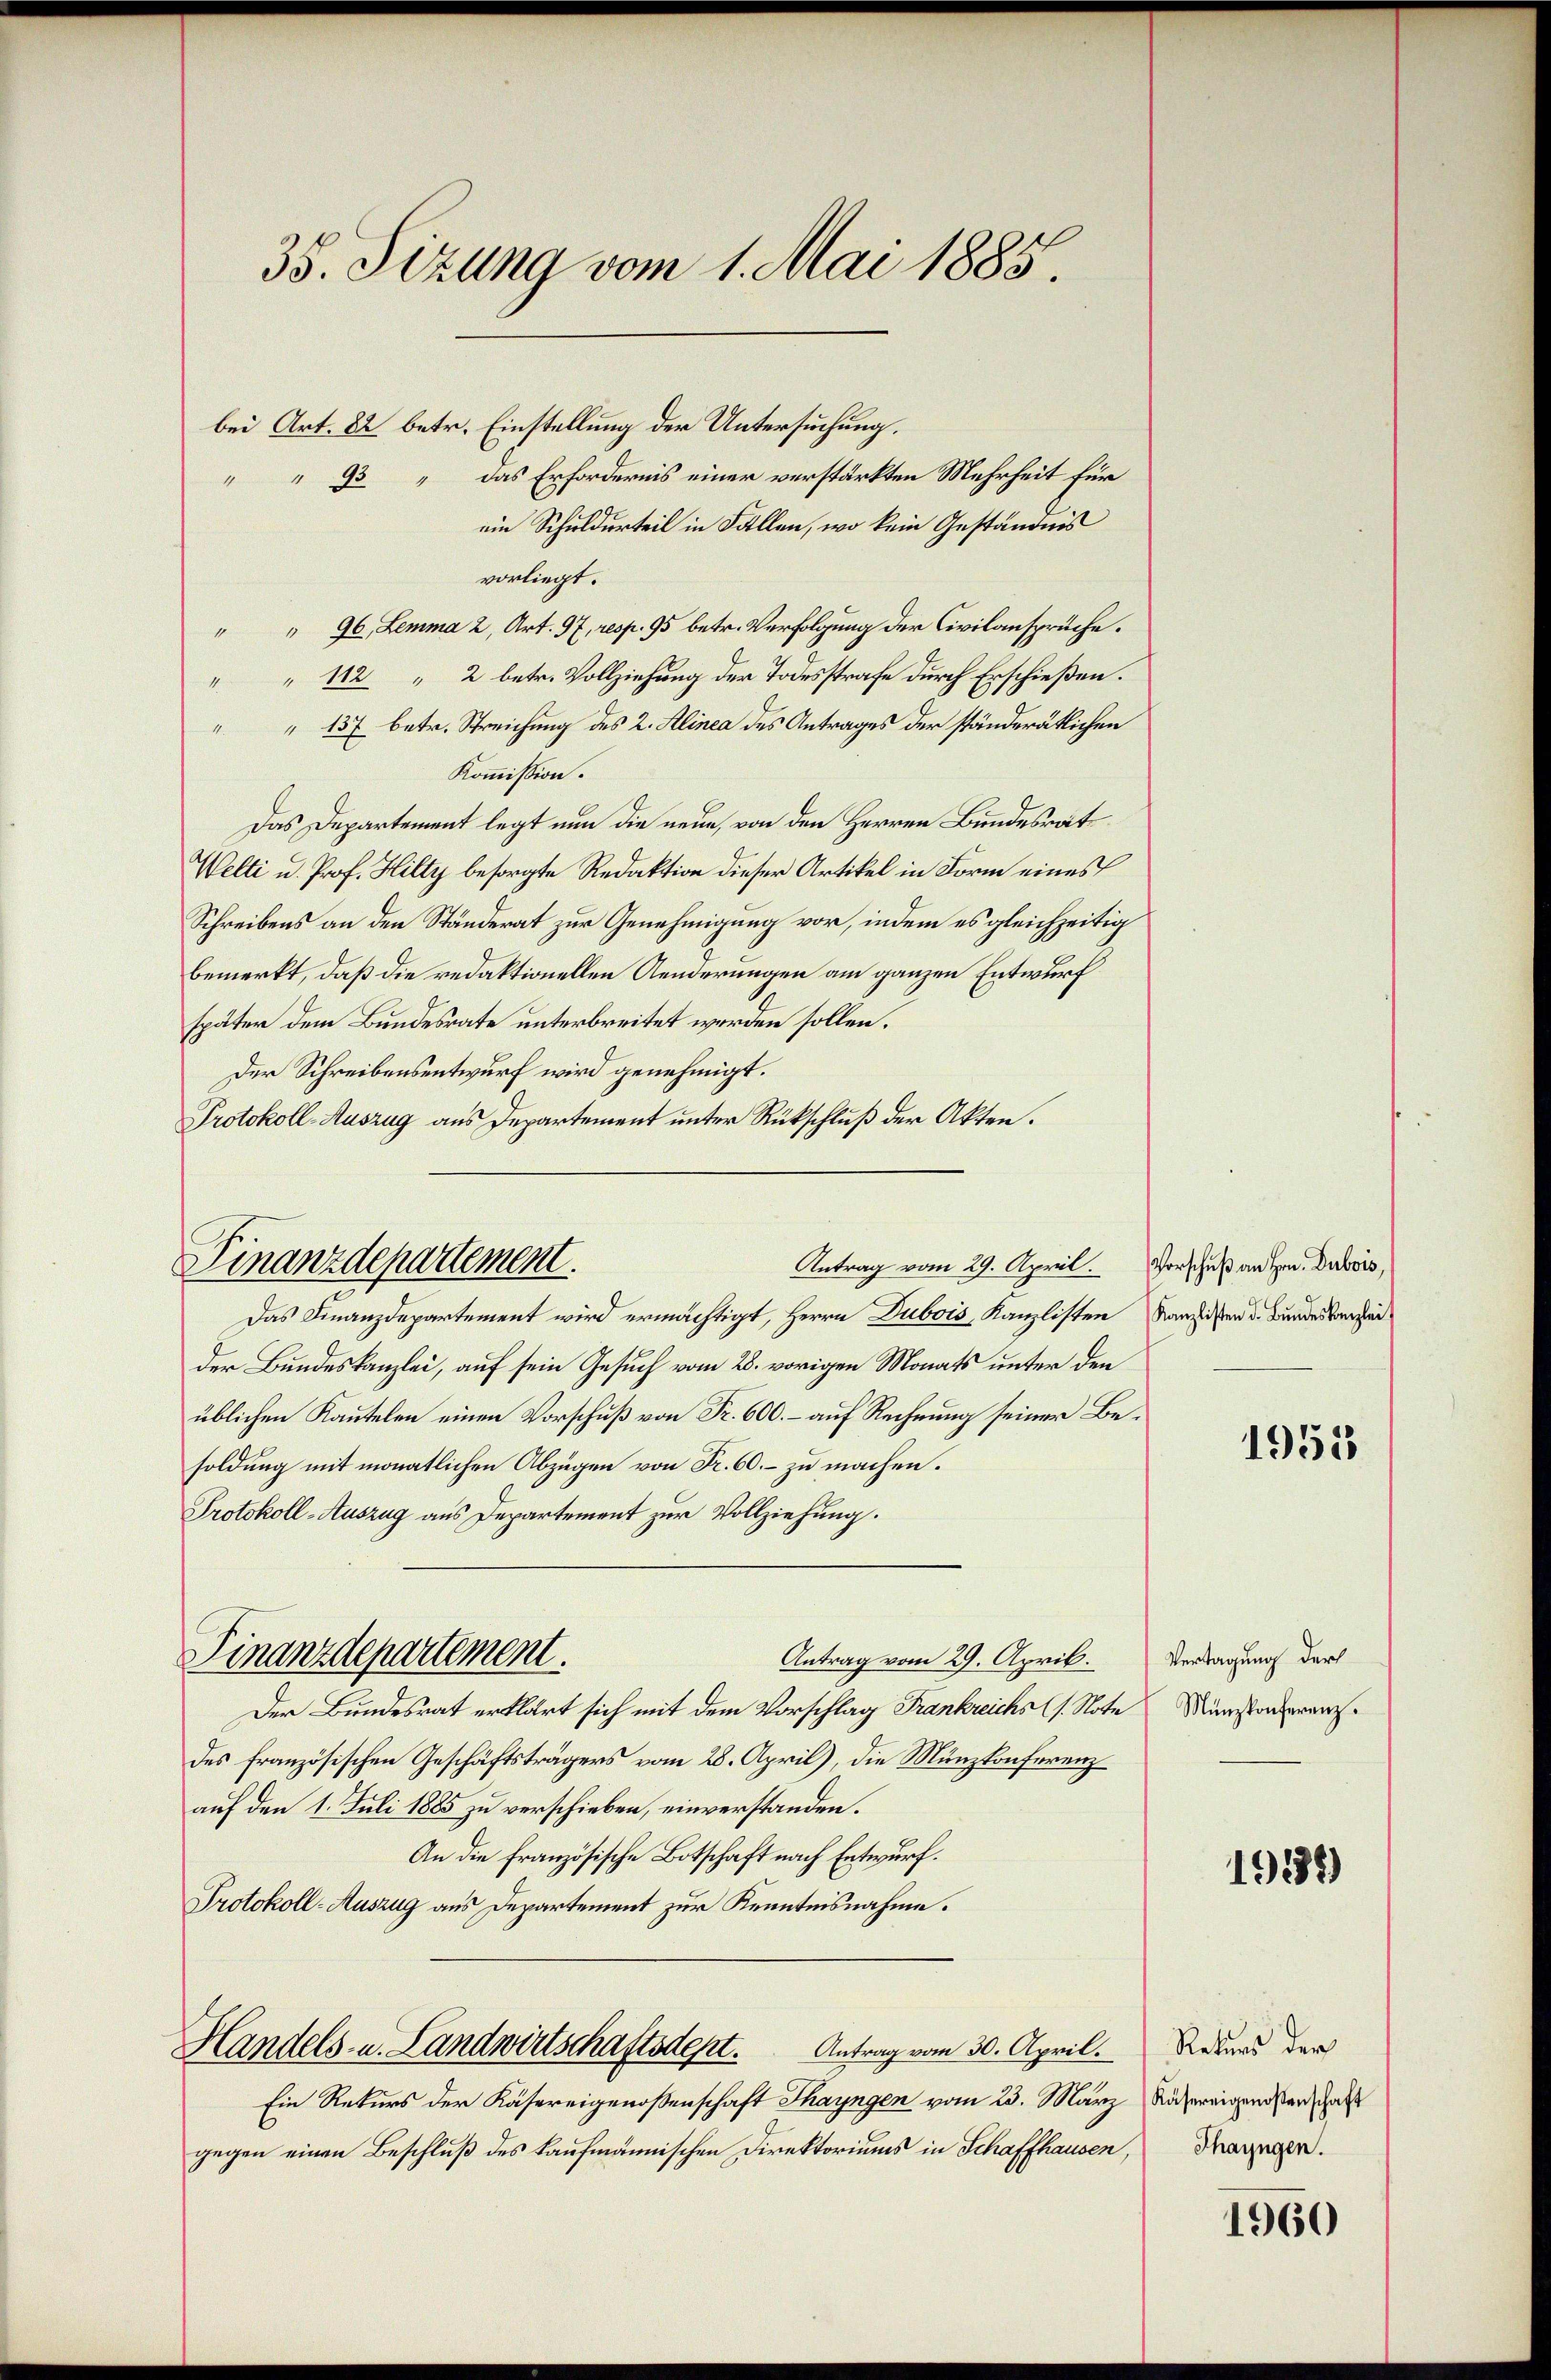
35. Sizung vom 1. Mai 1885.
bei Art. 82 betr. Einstellung der Untersuchung.
93  das Erfordernis einer verstärkten Mehrheit für
ein Schuldurteil in Fallen, wo kein Geständnis

vorliegt.
" " 96, Lemma 2, Art. 97, resp. 95 betr. Verfolgung der Civilansprüche.
" " 12 " 2 betr. Vollziehung der Todesstrafe durch Erschießen.
" " 137 betr. Streichung des 2. Klinea des Antrages der ständerätlichen
Kommission.
Das Departement legt nun die neue, von den Herren Bundesrät
Welti u. Prof. Hilty besorgte Redaktion dieser Artikel in Form eines
Schreibens an den Ständerat zur Genehmigung vor, indem es gleichzeitig
bemerkt, daß die redaktionellen Aenderungen am ganzen Entwurf
später dem Bundesrate unterbreitet werden sollen.
Der Schreibensentwurf wird genehmigt.
Protokoll-Auszug aus Departement unter Rückschluß der Akten.

Finanzdepartement.
Antrag vom 29. April. Vorschuß an Hrn. Dubois,

Das Finanzdepartement wird ermächtigt, Herrn Dubois, Kanzlisten Kanzlisten d. Bundesbezei
der Bundeskanzlei, auf sein Gesuch vom 28. vorigen Monats unter den
üblichen Kautelen einen Vorschuß von Fr. 600. – auf Rechnung seiner Besoldung mit monatlichen Abzügen von Fr. 60. – zu machen.
Protokoll-Auszug aus Departement zur Vollziehung.
Finanzdepartement.
Antrag vom 29. April.
Der Bundesrat erklärt sich mit dem Vorschlag Frankreichs (1. Note Münzstanderanzdes französischen Geschäftsträgers vom 28. April), die Münzkonferenz
auf den 1. Juli 1885 zu verschieben, einverstanden.
An die Französische Botschaft nach Entwurf.
Protokoll-Auszug aus Departement zur Kenntnisnahme.

Handels- u. Landwirtschaftsdept. Antrag vom 30. April.

Ein Rekurs der Käsereigenoßenschaft Thayngen vom 23. März Nähereigendsten al
gegen einen Beschluß des kaufmännischen Direktoriums in Schaffhausen,

1951

Vertagung der

1939)

Returs der
Thayngen.

1960